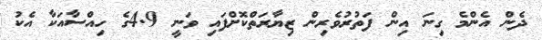
ދެން އެންމެ ގިނަ އިން ފަތުރުވެރިން ޒިޔާރަތްކޮށްފައި ވަނީ 4.9ގެ ހިއްސާއަކާ އެކު